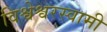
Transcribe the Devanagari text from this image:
विश्वेश्वरस्वामी